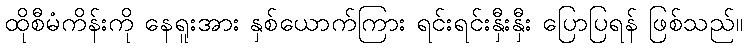
ထိုစီမံကိန်းကို နေရူးအား နှစ်ယောက်ကြား ရင်းရင်းနှီးနှီး ပြောပြရန် ဖြစ်သည်။